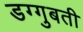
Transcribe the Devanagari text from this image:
डग्गुबती